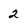
Character: 2